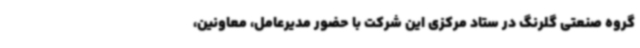
گروه صنعتی گلرنگ در ستاد مرکزی این شرکت با حضور مدیرعامل، معاونین،